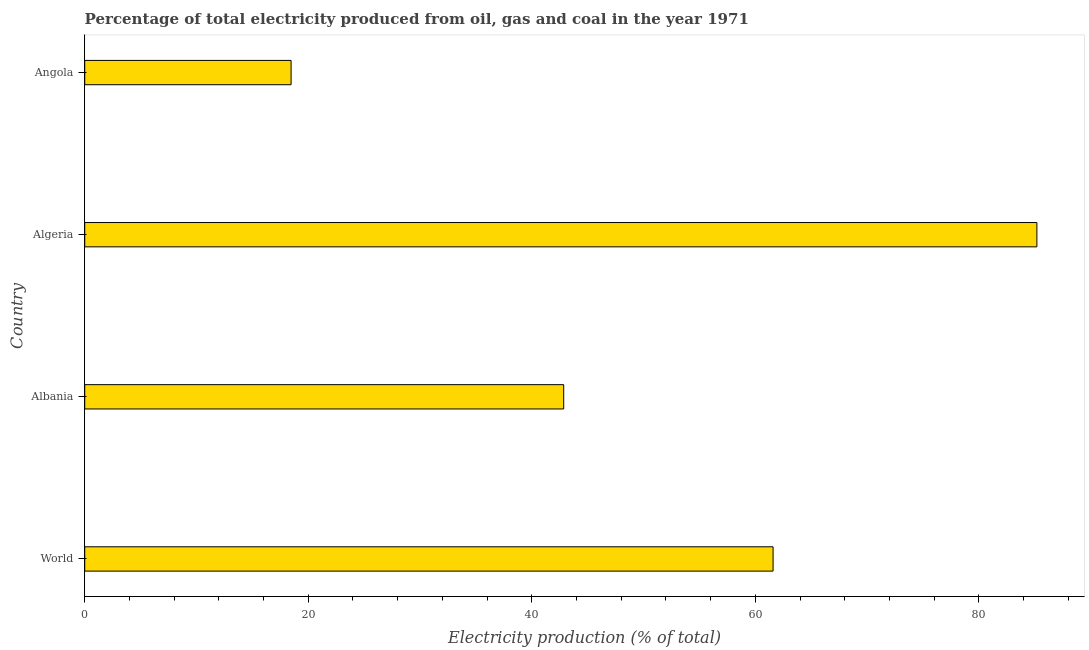
| Country | Electricity production |
 | --- | --- |
 | World | 61.6 |
 | Albania | 42.9 |
 | Algeria | 85.2 |
 | Angola | 18.5 |